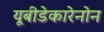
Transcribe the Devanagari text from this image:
यूबीडेकारेनोन